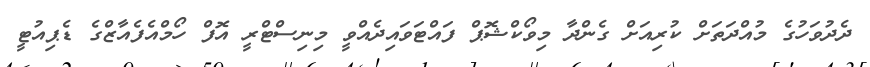
ދެދުވަހުގެ މުއްދަތަށް ކުރިއަށް ގެންދާ މިވޯކްޝޮޕް ފައްޓަވައިދެއްވީ މިނިސްޓްރީ އޮފް ހޯމްއެފެއާޒްގެ ޑެޕިއުޓީ